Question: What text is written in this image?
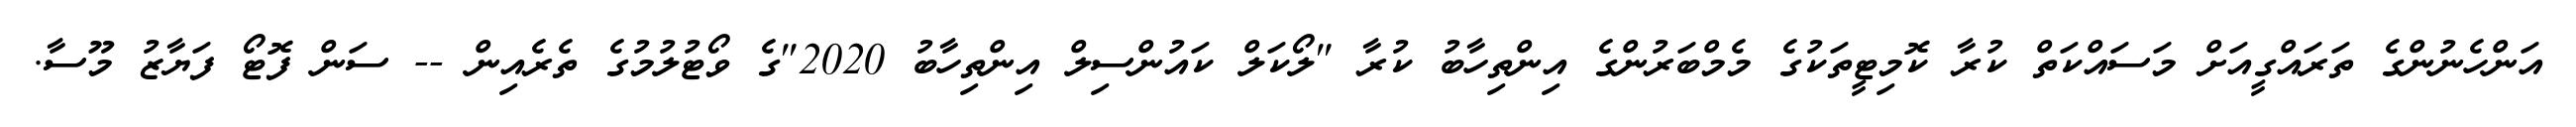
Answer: އަންހެނުންގެ ތަރައްގީއަށް މަސައްކަތް ކުރާ ކޮމިޓީތަކުގެ މެމްބަރުންގެ އިންތިހާބު ކުރާ "ލޯކަލް ކައުންސިލް އިންތިހާބު 2020"ގެ ވޯޓުލުމުގެ ތެރެއިން -- ސަން ފޮޓޯ ފަޔާޒު މޫސާ.